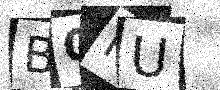
Text: B0IU